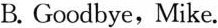
B. Goodbye, Mike.